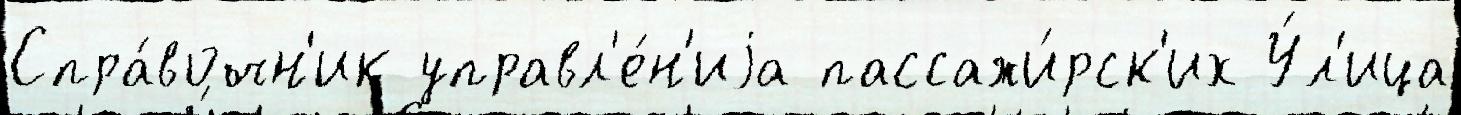
Спра́вочн'ик управл'е́н'иjа пассажи́рск'их У́л'ица